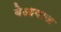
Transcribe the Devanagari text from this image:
बेआवाज